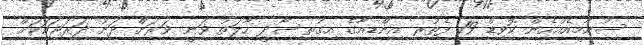
ސުނާމީއެއްހެން ކޮވިޑް-19 ފެތުރި އިންޑިއާގެ އިގުތިސާދީ ހާލަތު ވަނީ ވަރަށް ދަށު ދަރަޖައަކަށް